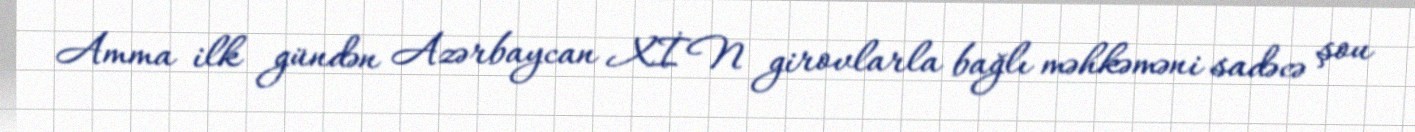
Amma ilk gündən Azərbaycan XİN girovlarla bağlı məhkəməni sadəcə şou